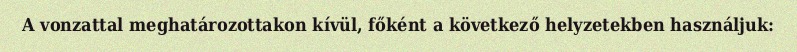
A vonzattal meghatározottakon kívül, főként a következő helyzetekben használjuk: